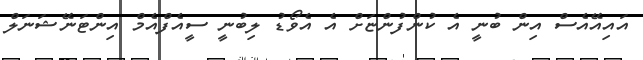
އައިއޭއެސް އިން ބުނީ އެ ކުންފުންޏަށް އެ އެވޯޑު ލިބުނީ ސީއެފްއެމް އިންޓަނޭޝަނަލް